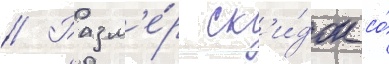
// Разм'е́р ск'и́док со́